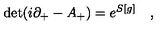
\mathrm { d e t } ( i \partial _ { + } - A _ { + } ) = e ^ { S [ g ] } \quad ,